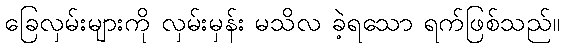
ခြေလှမ်းများကို လှမ်းမှန်း မသိလ ခဲ့ရသော ရက်ဖြစ်သည်။